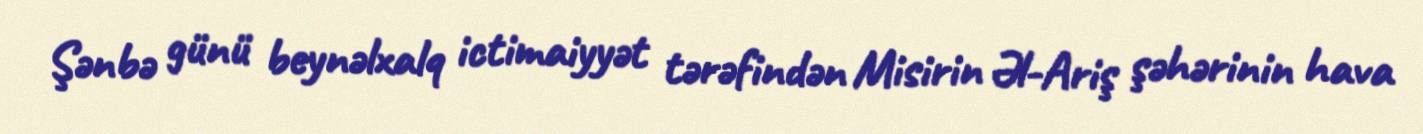
Şənbə günü beynəlxalq ictimaiyyət tərəfindən Misirin Əl-Ariş şəhərinin hava